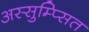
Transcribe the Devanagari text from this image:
अस्सुम्प्सित